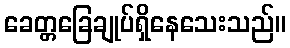
ခေတ္တခြေချုပ်ရှိနေသေးသည်။